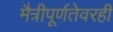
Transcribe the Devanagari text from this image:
मैत्रीपूर्णतेवरही